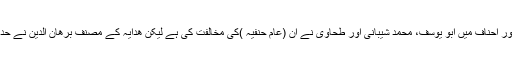
مالکیوں میں سے قاضی ابو بکر ابن العربی اور احناف میں ابو یوسف، محمد شیبانی اور طحاوی نے ان (عام حنفیہ )کی مخالفت کی ہے لیکن ھدایہ کے مصنف برھان الدین نے حدیث کے خلاف اسی رائے کو ترجیح دی ہے۔